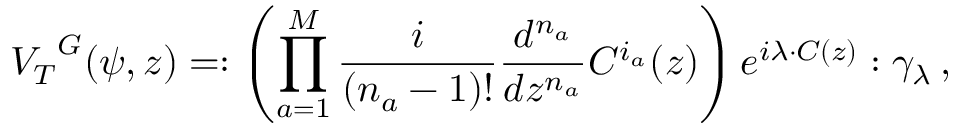
{ V _ { T } } ^ { G } ( \psi , z ) = : \left( \prod _ { a = 1 } ^ { M } { \frac { i } { ( n _ { a } - 1 ) ! } } { \frac { d ^ { n _ { a } } } { d z ^ { n _ { a } } } } C ^ { i _ { a } } ( z ) \right) e ^ { i \lambda \cdot C ( z ) } : \gamma _ { \lambda } \, ,